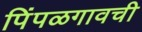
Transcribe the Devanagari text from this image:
पिंपळगावची